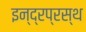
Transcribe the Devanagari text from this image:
इन्‍द्रप्रस्‍थ